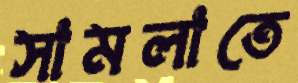
সামলাতে